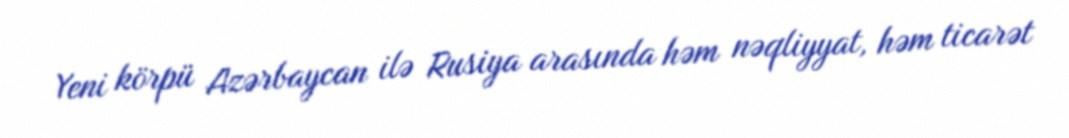
Yeni körpü Azərbaycan ilə Rusiya arasında həm nəqliyyat, həm ticarət